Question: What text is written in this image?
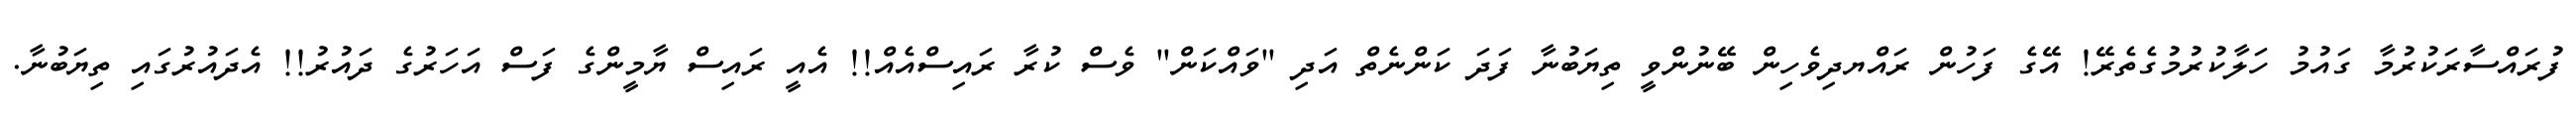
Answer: ފުރައްސާރަކުރުމާ ގައުމު ހަލާކުރުމުގެތެރޭ! އޭގެ ފަހުން ރައްޔދިވެހިން ބޭނުންވީ ތިޔަބުނާ ފަދަ ކަންނެތް އަދި "ވައްކަން" ވެސް ކުރާ ރައިސްއެއް!! އެއީ ރައިސް ޔާމީންގެ ފަސް އަހަރުގެ ދައުރު!! އެދައުރުގައި ތިޔަބުނާ.